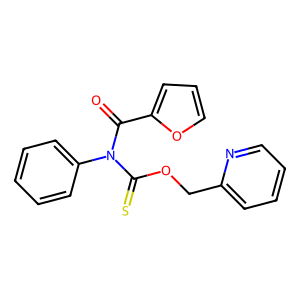
SMILES: O=C(c1ccco1)N(C(=S)OCc1ccccn1)c1ccccc1
Inhibits HIV replication: No